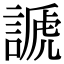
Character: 謕